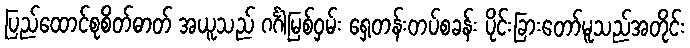
ပြည်ထောင်စုစိတ်ဓာတ် အယူသည် ဂင်္ဂါမြစ်ဝှမ်း ရှေ့တန်းတပ်စခန်း ပိုင်းခြားတော်မူသည်အတိုင်း